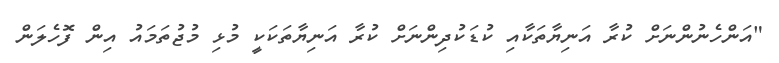
"އަންހެނުންނަށް ކުރާ އަނިޔާތަކާއި ކުޑަކުދިންނަށް ކުރާ އަނިޔާތަކަކީ މުޅި މުޖުތަމައު އިން ފޮހެލަން